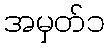
အမှတ်၁